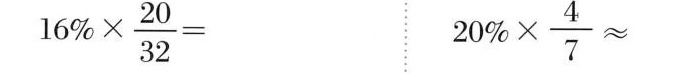
$$16 % \times \frac { 2 0 } { 3 2 }=$$ $$20 % \times \frac { 4 } { 7 } ≈$$